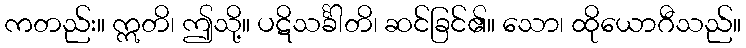
ကတည်း။ ဣတိ၊ ဤသို့။ ပဋိသင်္ခါတိ၊ ဆင်ခြင်၏။ သော၊ ထိုယောဂီသည်။